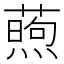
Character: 𬞜